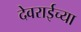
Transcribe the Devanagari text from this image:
देवराईच्या